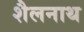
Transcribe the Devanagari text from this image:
शैलनाथ